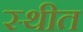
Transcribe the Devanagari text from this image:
स्‍थीत